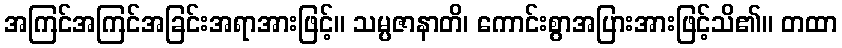
အကြင်အကြင်အခြင်းအရာအားဖြင့်။ သမ္ပဇာနာတိ၊ ကောင်းစွာအပြားအားဖြင့်သိ၏။ တထာ